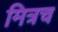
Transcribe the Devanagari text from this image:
मित्रच